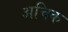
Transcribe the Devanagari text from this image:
अचिक